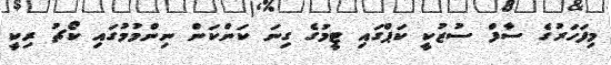
މިފަހަރުގެ ސާފް ސުޒުކީ ކަޕްގައި ޓީމުގެ ގިނަ ކަންކަން ނިންމުމުގައި ކޯޗު ރިކީ